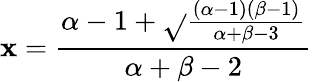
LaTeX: \mathbf{x}={\frac{{\alpha-1+{\sqrt{}{{\frac{{(\alpha-1)(\beta-1)}}{{\alpha+\beta-3}}}}}}}{{\alpha+\beta-2}}}